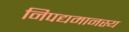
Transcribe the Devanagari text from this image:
निपद्यमानस्य